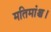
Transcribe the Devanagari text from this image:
मतिमांश्च।